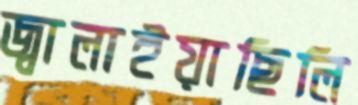
জ্বালাইয়াছিলি